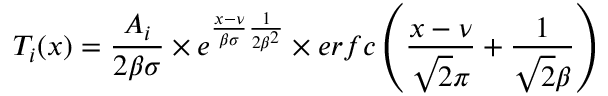
T _ { i } ( x ) = \frac { A _ { i } } { 2 \beta \sigma } \times e ^ { \frac { x - \nu } { \beta \sigma } \frac { 1 } { 2 \beta ^ { 2 } } } \times e r f c \left( \frac { x - \nu } { \sqrt { 2 } \pi } + \frac { 1 } { \sqrt { 2 } \beta } \right)